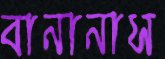
বানানাস